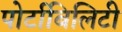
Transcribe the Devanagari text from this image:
पोर्टाबिलिटी